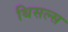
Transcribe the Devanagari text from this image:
थिसल्स